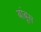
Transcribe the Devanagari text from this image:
बांबूस